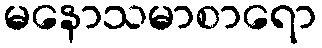
မနောသမာစာရော